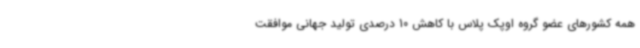
همه کشورهای عضو گروه اوپک پلاس با کاهش 10 درصدی تولید جهانی موافقت